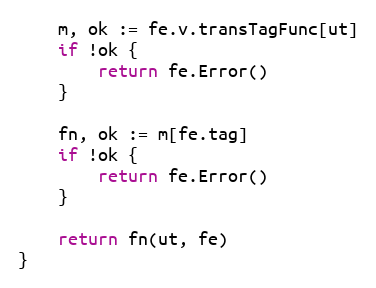
Language: Go
	m, ok := fe.v.transTagFunc[ut]
	if !ok {
		return fe.Error()
	}

	fn, ok := m[fe.tag]
	if !ok {
		return fe.Error()
	}

	return fn(ut, fe)
}